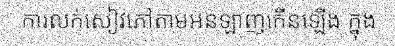
ការលក់សៀវភៅតាមអនឡាញកើនឡើង ក្នុង